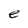
Character: e